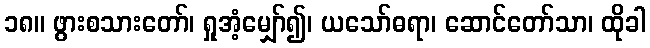
၁၈။ ဖွားစသားတော်၊ ရှုအံ့မျှော်၍၊ ယသော်ဓရာ၊ ဆောင်တော်သာ၊ ထိုခါ